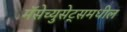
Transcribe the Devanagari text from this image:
मॅसेच्युसेट्समधील